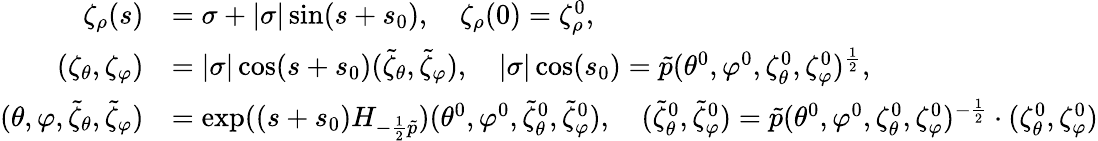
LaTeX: \begin{array}{rl}{\zeta_{\rho}(s)}&{=\sigma+\vert\sigma\vert\sin(s+s_{0}),\quad\zeta_{\rho}(0)=\zeta_{\rho}^{0},}\\ {(\zeta_{\theta},\zeta_{\varphi})}&{=\vert\sigma\vert\cos(s+s_{0})(\tilde{\zeta}_{\theta},\tilde{\zeta}_{\varphi}),\quad\vert\sigma\vert\cos(s_{0})=\tilde{p}(\theta^{0},\varphi^{0},\zeta_{\theta}^{0},\zeta_{\varphi}^{0})^{\frac 12},}\\ {(\theta,\varphi,\tilde{\zeta}_{\theta},\tilde{\zeta}_{\varphi})}&{=\exp((s+s_{0})H_{-\frac{1}{2}\tilde{p}})(\theta^{0},\varphi^{0},\tilde{\zeta}_{\theta}^{0},\tilde{\zeta}_{\varphi}^{0}),\quad(\tilde{\zeta}_{\theta}^{0},\tilde{\zeta}_{\varphi}^{0})=\tilde{p}(\theta^{0},\varphi^{0},\zeta_{\theta}^{0},\zeta_{\varphi}^{0})^{-\frac 12}\cdot(\zeta_{\theta}^{0},\zeta_{\varphi}^{0})}\end{array}